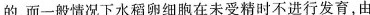
的，而一般情况下水稻卵细胞在未受精时不进行发育，由